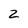
Character: 2